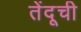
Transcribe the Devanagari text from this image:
तेंदूची